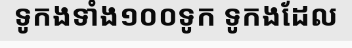
ទូកងទាំង១០០ទូក ទូកងដែល